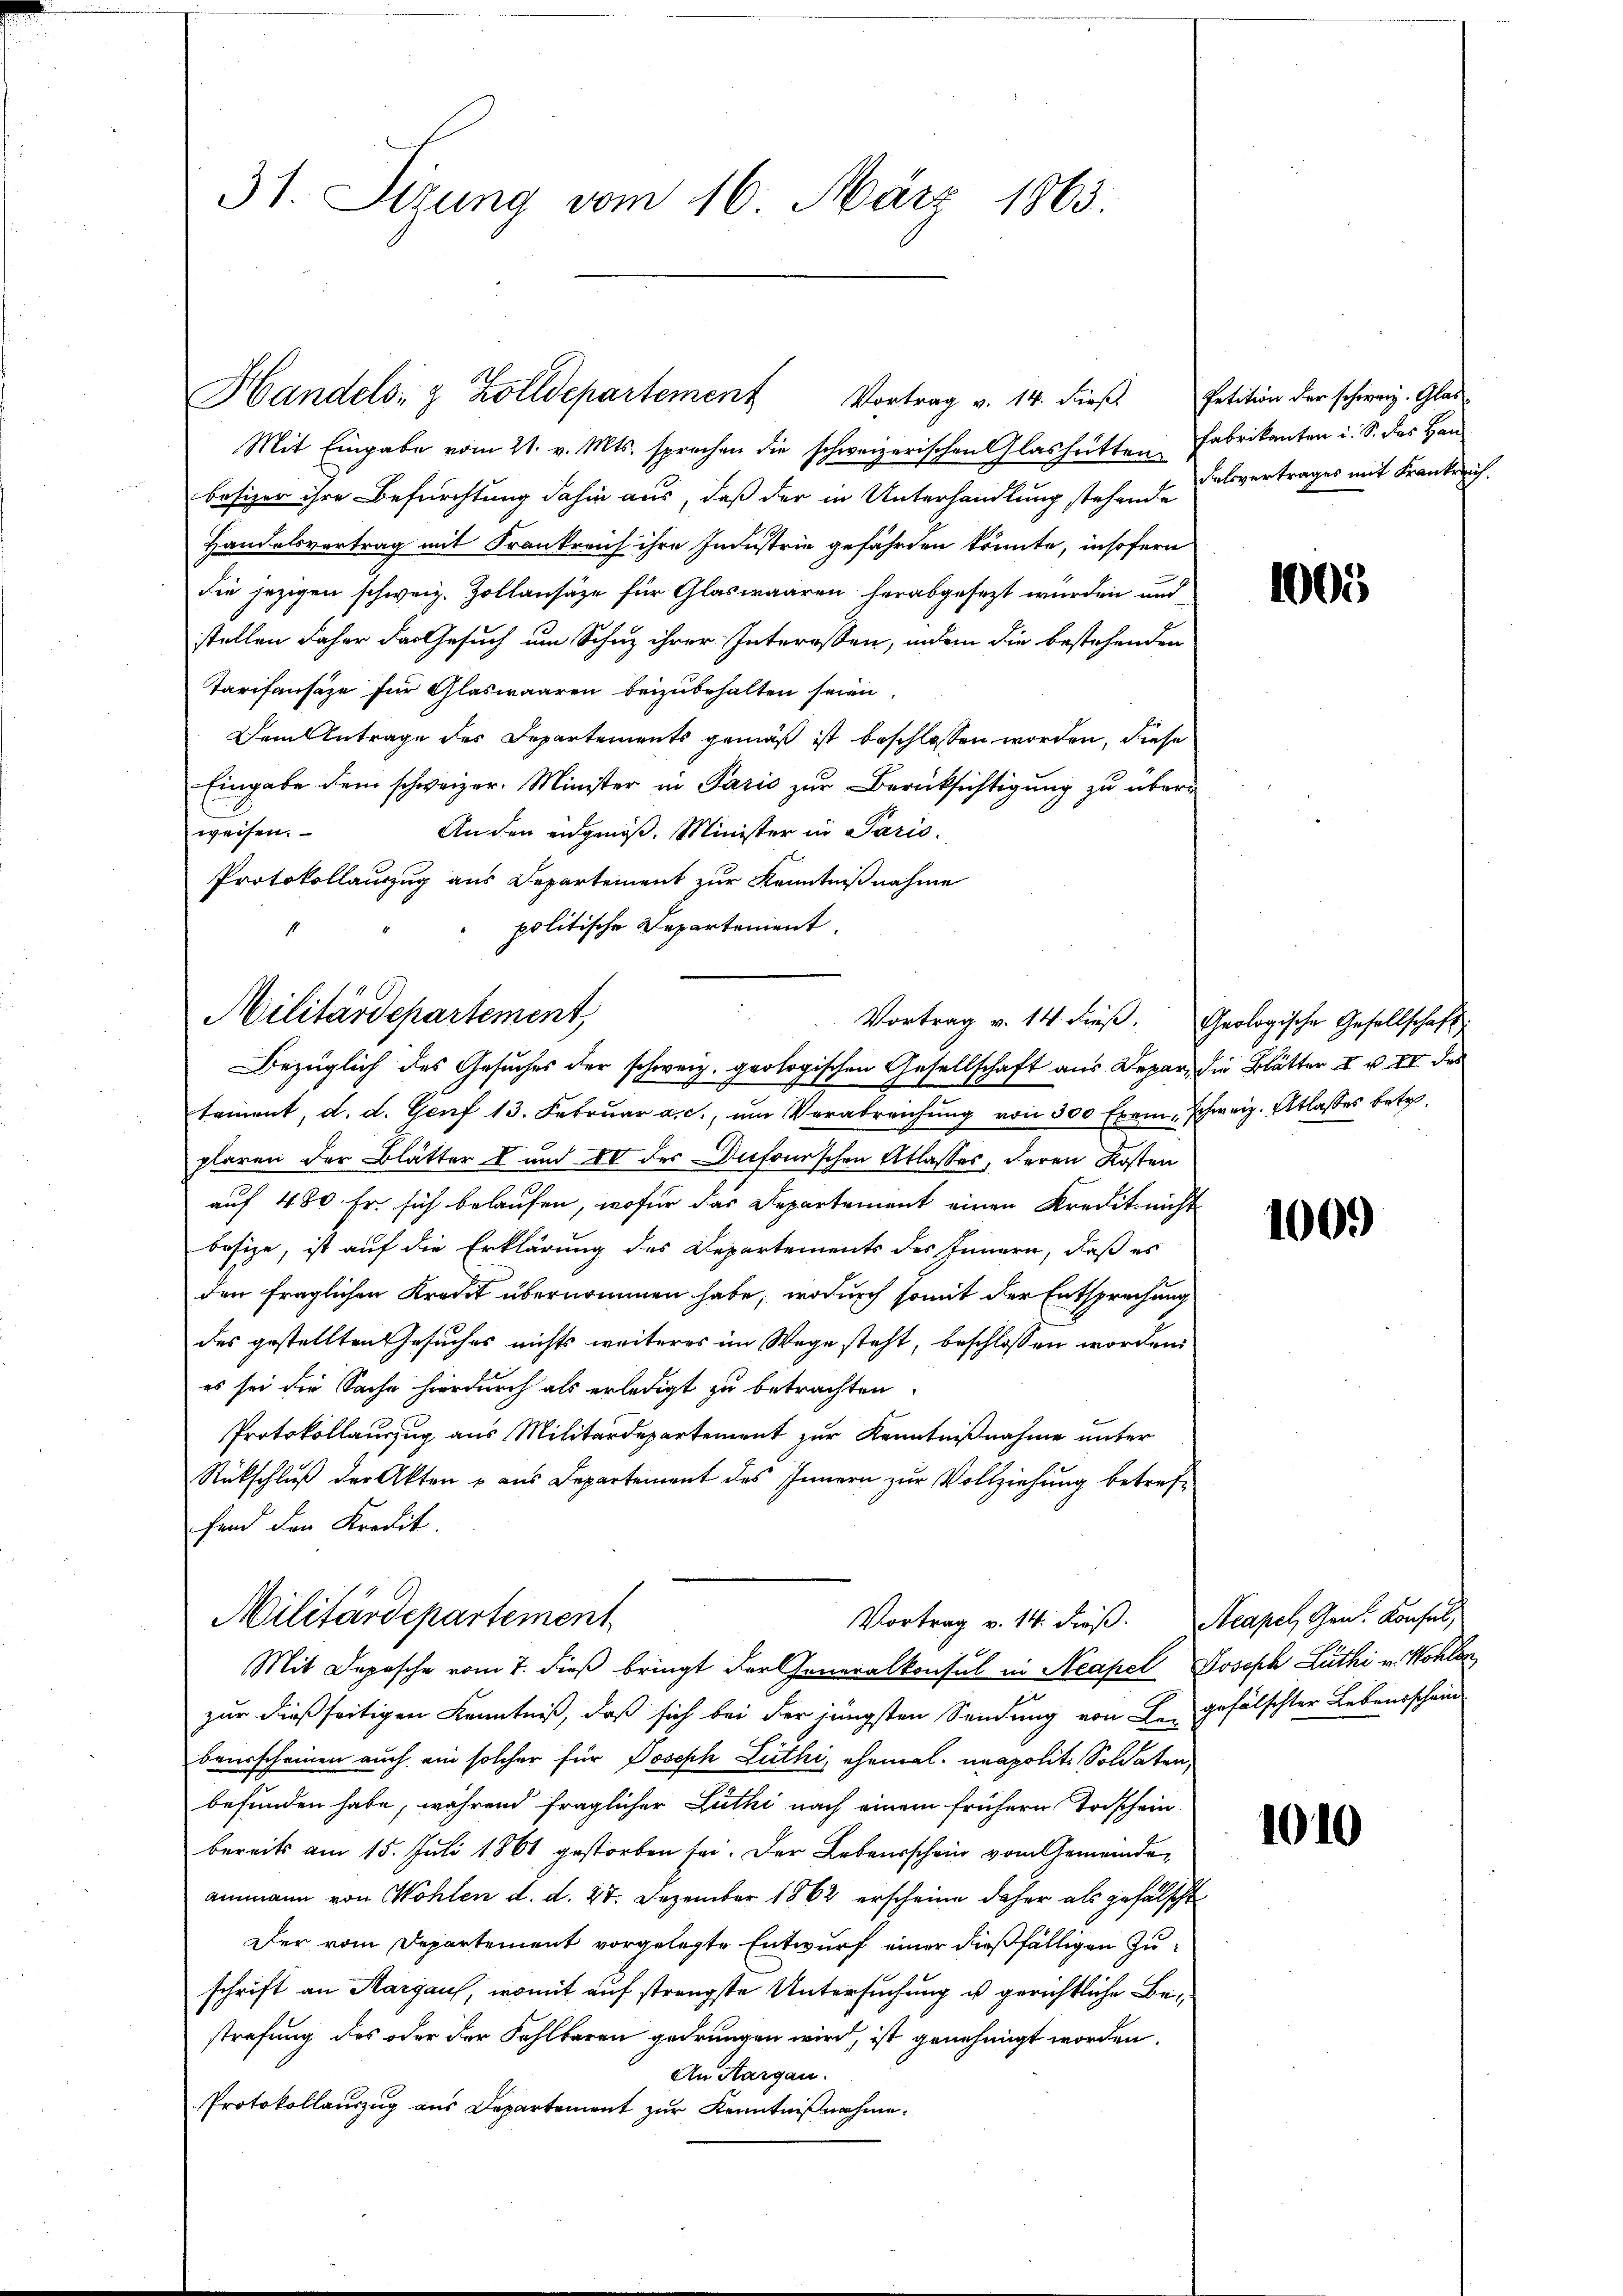
31. Sitzung vom 16. März 1863.

Militärdepartement,
Vortrag v. 14. dieß. Geologische Gesellschaft
Bezüglich des Gesuches der schweiz. geologischen Gesellschaft aus Depar, die Blätter u. v. IV des

Handels- & Zolldepartement Vortrag v. 14. dieß. Petition der schweiz. Glas-

Mit Eingabe vom 21. v. Mts. sprechen die schweizerischen Glashütten Fabrikanten i. S. des Han
besizer ihre Befürchtung dahin aus, daß der in Unterhandlung stehende Felsvertrages mit Frankreich
Handelsvertrag mit Frankreich ihre Industrie gefährten könnte, insofern
die jezigen schweiz. Zollansäze für Glaswaaren herabgesezt würden und
stellen daher das Gesuch um Schuz ihrer Interessen, indem die bestehenden
Tarifensäze für Glaswaaren beizubehalten seien.
Dem Antrage des Departements gemäß ist beschlossen worden, diese
Eingabe dem schweizer. Minister in Paris zur Berücksichtigung zu überweisen.
An den eidgenöß. Minister in Paris.
Protokollauszug aus Departement zur Kenntnißnahme
politische Departement.

tement, d. d. Genf 13. Febrŭar a. c., ŭm Verabreichŭng von 300 Exem. Schweiz. Atlasses betr.
plaren der Blätter u und IV der Dufourschen Atlasses, deren Kosten
auf 480 Fr. sich belaufen, wofür das Departement einen Kredit nicht
besize, ist auf die Erklärung des Departements des Innern, daß es
den fraglichen Kredit übernommen habe, wodurch somit der Entsprechung
des gestellten Gesuches nichts weiteres im Wege steht, beschlossen worden
es sei die Sache hierdurch als erledigt zu betrachten.
Protokollauszug aus Militärdepartement zur Kenntnißnahme unter
Rückschluß der Akten u aus Departement des Innern zur Vollziehung betreffend den Kredit.
Militärdepartement
Vortrag v. 14. dieß. Acapel, Gen. Konsul,
Mit Depesche vom 7. dieß bringt der Generalkonsul in Neapel Joseph Lüthi v. Kohlen
zur dießseitigen Kenntniß, daß sich bei der jüngsten Sendung von Le- gefälschter Lebensschein
bausscheinen auch ein solcher für Joseph Luthi, ehemal neapolit. Soldaten,
befunden habe, während fraglicher Zuthi nach einem frühern Todschein
bereits am 15. Juli 1861 gestorben sei. Der Lebensschein vom Gemeindeammann von Wohlen d. d. 27. Dezember 1862 erscheine daher als gefälscht
Der vom Departement vorgelegte Entwurf einer dießfälligen Zuschrift an Margau, womit auf strengste Untersuchung u. gerichtliche Bestrafung des oder der Fehlbaren gedrungen wird, ist genehmigt worden.
An Hargau.
Protokollauszug aus Departement zur Kenntnißnahme.

1003

100.

1010